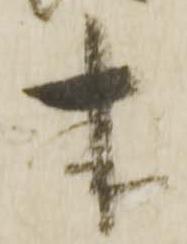
来